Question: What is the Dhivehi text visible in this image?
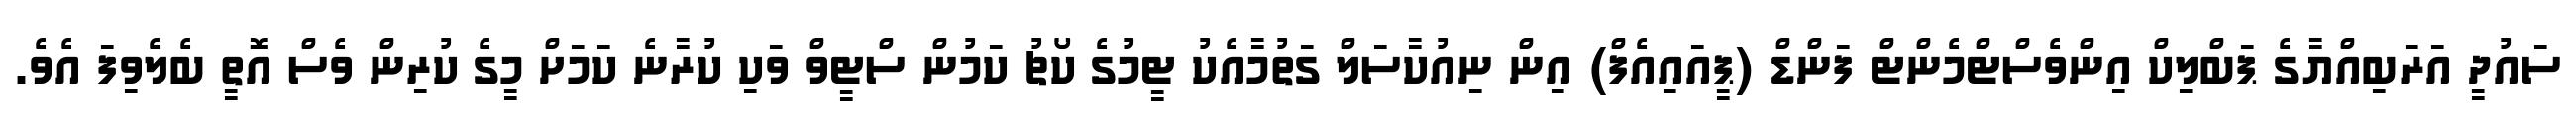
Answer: ސައުދީ އަރަބިއްޔާގެ ޕަބްލިކް އިންވެސްޓްމެންޓް ފަންޑް (ޕީއައިއެފް) އިން ނިއުކާސަލް ގަތުމާއެކު ޓީމުގެ ކޯޗު ކަމުން ސްޓީވް ވަކި ކުރާނެ ކަމަށް މީގެ ކުރިން ވެސް އޮތީ ބެލެވިފަ އެވެ.